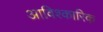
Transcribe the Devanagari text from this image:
आविश्कारिक